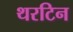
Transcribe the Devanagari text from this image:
थरटिन